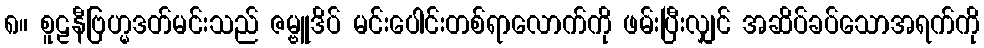
၈။ စူဠနီဗြဟ္မဒတ်မင်းသည် ဇမ္ဗူဒိပ် မင်းပေါင်းတစ်ရာလောက်ကို ဖမ်းပြီးလျှင် အဆိပ်ခပ်သောအရက်ကို